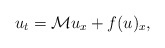
\begin{align*}u_t=\mathcal{M}u_x+f(u)_x,\end{align*}